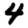
Digit: 4